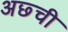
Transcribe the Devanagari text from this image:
अछ्ची